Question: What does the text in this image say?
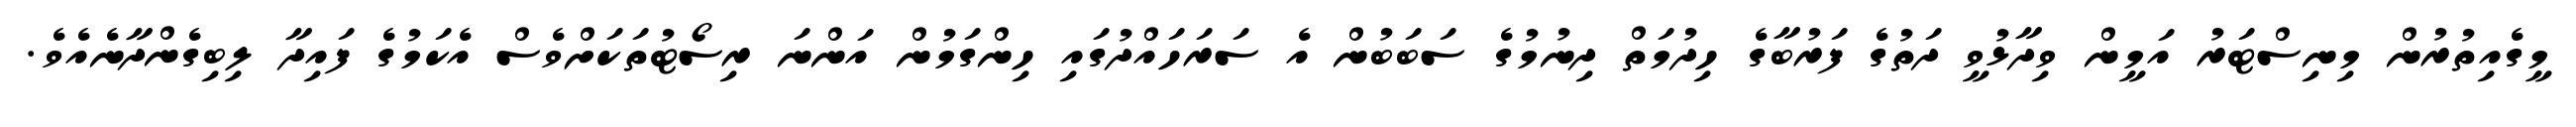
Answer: މީގެއިތުރުން މިނިސްޓަރު އަމީން ވިދާޅުވީ ދަތުގެ ފަރުބާގެ ހިދުމަތް ދިނުމުގެ ސަބަބުން އެ ސަރަހައްދުގައި ހިންގަމުން އަންނަ ރިސޯޓުތަކަށްވެސް އެކަމުގެ ފައިދާ ލިބިގެންދާނެއެވެ.